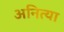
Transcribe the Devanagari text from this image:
अनित्या